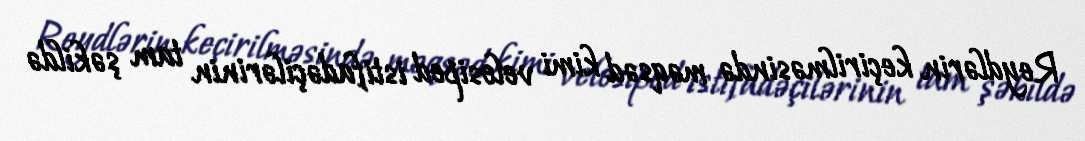
Reydlərin keçirilməsində məqsəd kimi velosiped istifadəçilərinin tam şəkildə